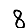
Digit: 8